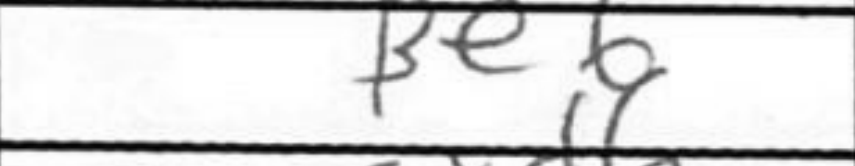
Transcription: Be6